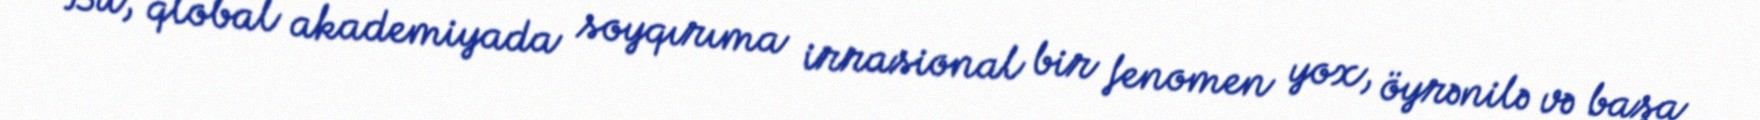
Bu, qlobal akademiyada soyqırıma irrasional bir fenomen yox, öyrənilə və başa